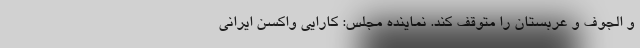
و الجوف و عربستان را متوقف کند. نماینده مجلس: کارایی واکسن ایرانی